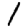
Digit: 1